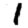
Digit: 1